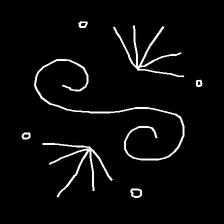
Glyph: aeroform